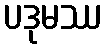
ပဒုမဿ